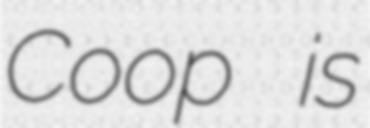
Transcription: Coop is